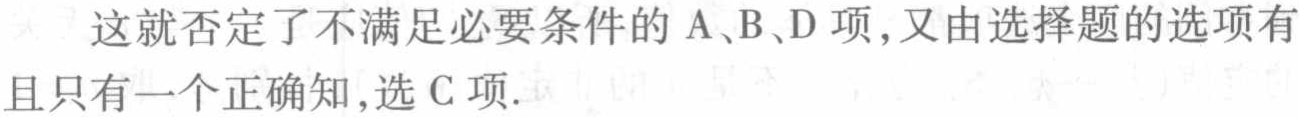
这就否定了不满足必要条件的A、B、D项,又由选择题的选项有且只有一个正确知,选C项.